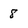
Character: 8